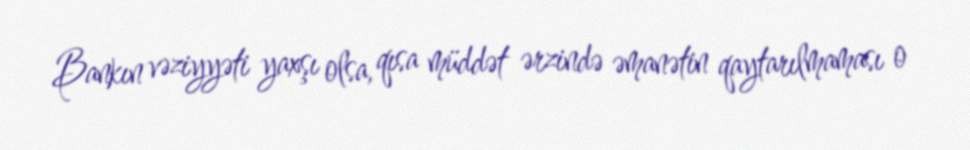
Bankın vəziyyəti yaxşı olsa, qısa müddət ərzində əmanətin qaytarılmaması o